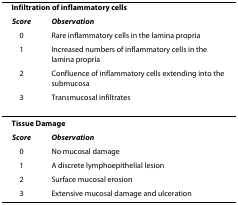
<table><thead><tr><td colspan="2"><b>Infiltration of inflammatory cells</b></td></tr><tr><td><b><i>Score</i></b></td><td><b><i>Observation</i></b></td></tr><tr><td><b>0</b></td><td><b>Rare inflammatory cells in the lamina propria</b></td></tr><tr><td><b>1</b></td><td><b>Increased numbers of inflammatory cells in the lamina propria</b></td></tr><tr><td><b>2</b></td><td><b>Confluence of inflammatory cells extending into the submucosa</b></td></tr><tr><td><b>3</b></td><td><b>Transmucosal infiltrates</b></td></tr></thead><tbody><tr><td colspan="2"><b>Tissue Damage</b></td></tr><tr><td><b><i>Score</i></b></td><td><b><i>Observation</i></b></td></tr><tr><td>0</td><td>No mucosal damage</td></tr><tr><td>1</td><td>A discrete lymphoepithelial lesion</td></tr><tr><td>2</td><td>Surface mucosal erosion</td></tr><tr><td>3</td><td>Extensive mucosal damage and ulceration</td></tr></tbody></table>